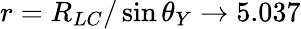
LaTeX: r=R_{LC}/\sin\theta_{Y}\to 5.037